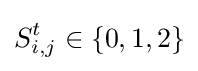
S_{i,j}^{t}\in \{0,1,2\}